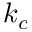
k _ { c }